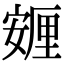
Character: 𡪸